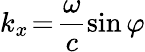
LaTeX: k_{x}\! =\! \frac{\omega}{c}\sin{\varphi}